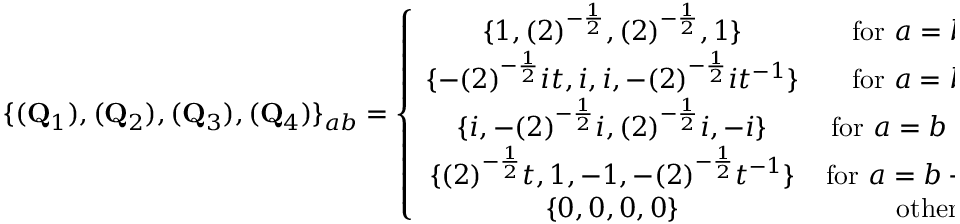
\{ ( { \bf Q } _ { 1 } ) , ( { \bf Q } _ { 2 } ) , ( { \bf Q } _ { 3 } ) , ( { \bf Q } _ { 4 } ) \} _ { a b } = \left\{ \begin{array} { c c } { { \{ 1 , ( 2 ) ^ { - \frac { 1 } { 2 } } , ( 2 ) ^ { - \frac { 1 } { 2 } } , 1 \} } } & { { \mathrm { f o r ~ } a = b ; a \mathrm { ~ o d d , } } } \\ { { \{ - ( 2 ) ^ { - \frac { 1 } { 2 } } i t , i , i , - ( 2 ) ^ { - \frac { 1 } { 2 } } i t ^ { - 1 } \} } } & { { \mathrm { f o r ~ } a = b ; a \mathrm { e v e n , } } } \\ { { \{ i , - ( 2 ) ^ { - \frac { 1 } { 2 } } i , ( 2 ) ^ { - \frac { 1 } { 2 } } i , - i \} } } & { { \mathrm { f o r ~ } a = b - 1 ; a \mathrm { o d d , } } } \\ { { \{ ( 2 ) ^ { - \frac { 1 } { 2 } } t , 1 , - 1 , - ( 2 ) ^ { - \frac { 1 } { 2 } } t ^ { - 1 } \} } } & { { \mathrm { f o r ~ } a = b - 1 ; a \mathrm { e v e n , } } } \\ { { \{ 0 , 0 , 0 , 0 \} } } & { { \mathrm { o t h e r w i s e . } } } \end{array} \right.